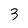
Character: 3